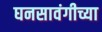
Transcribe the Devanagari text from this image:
घनसावंगीच्या